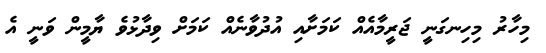
މިހާރު މިހިނގަނީ ޖަރީމާއެއް ކަމަށާއި އުދުވާނެއް ކަމަށް ވިދާޅުވެ ޔާމީން ވަނީ އެ